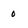
Character: 0